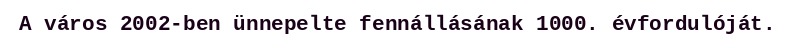
A város 2002-ben ünnepelte fennállásának 1000. évfordulóját.